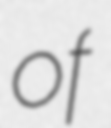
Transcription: of